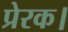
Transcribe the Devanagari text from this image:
प्रेरक।